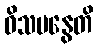
ဝိသမနွေတိ